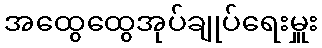
အထွေထွေအုပ်ချုပ်ရေးမှူး